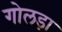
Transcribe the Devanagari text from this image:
गोलड़ा